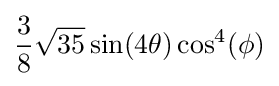
{\frac {3}{8}}{\sqrt {35}}\sin(4\theta )\cos ^{4}(\phi )